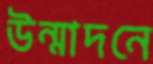
উন্মাদনে